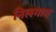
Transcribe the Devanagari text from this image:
निलगाय